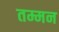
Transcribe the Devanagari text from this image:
तम्मन